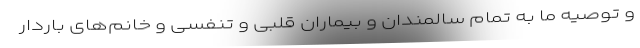
و توصیه ما به تمام سالمندان و بیماران قلبی و تنفسی و خانم‌های باردار